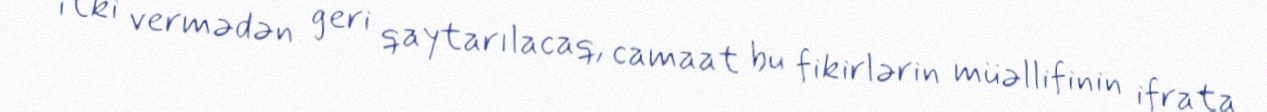
itki vermədən geri qaytarılacaq, camaat bu fikirlərin müəllifinin ifrata